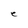
Character: e